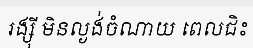
រង្ស៊ី មិនល្ងង់ចំណាយ ពេលជិះ